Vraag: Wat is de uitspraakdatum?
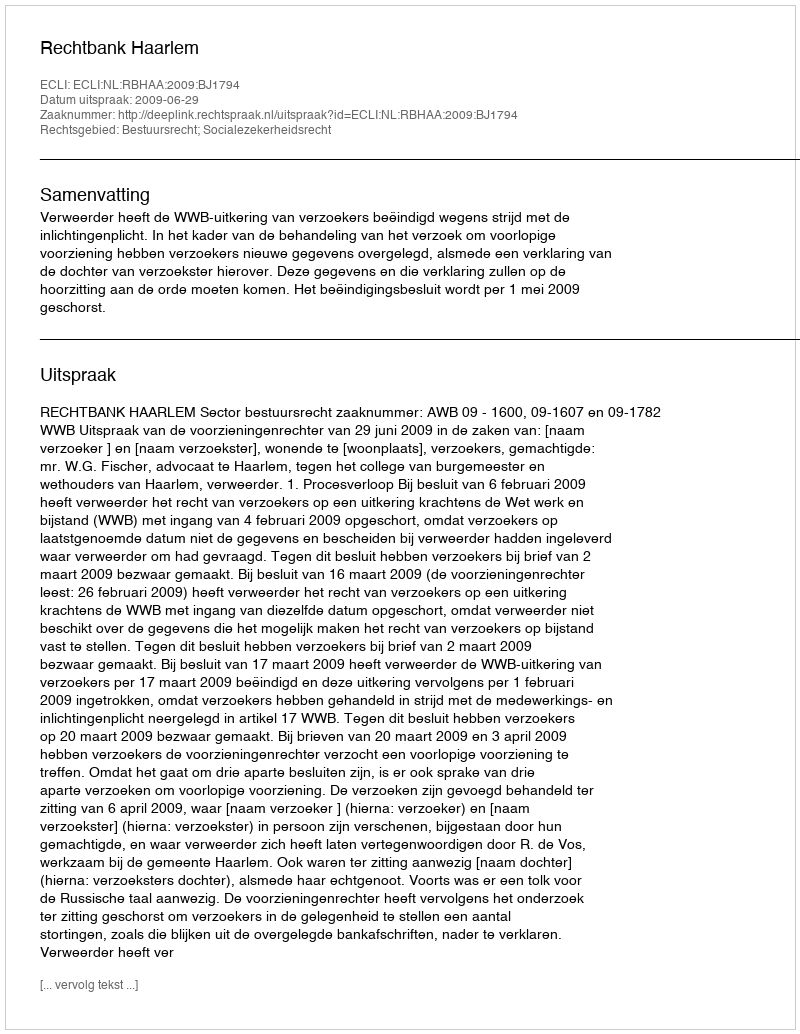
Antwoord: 2009-06-29